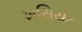
ખસિયત